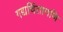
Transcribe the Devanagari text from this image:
गद्यचिंतामणि